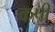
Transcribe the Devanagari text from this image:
कषी